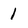
Character: 1